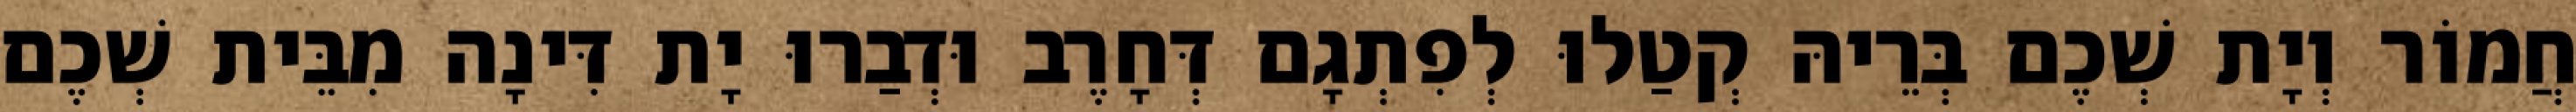
חֲמוֹר וְיָת שְׁכֶם בְּרֵיהּ קְטַלוּ לְפִתְגָם דְּחָרֶב וּדְבַרוּ יָת דִּינָה מִבֵּית שְׁכֶם